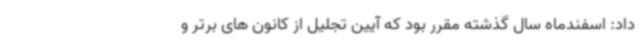
داد: اسفندماه سال گذشته مقرر بود که آیین تجلیل از کانون های برتر و